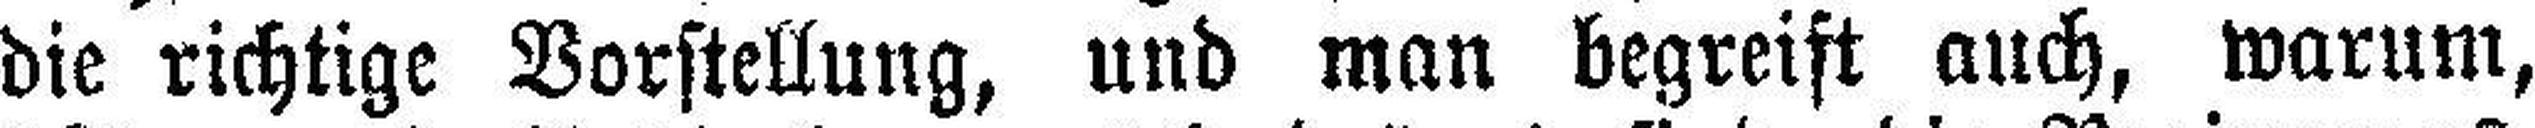
die richtige Vorstellung, und man begreift auch, warum,